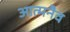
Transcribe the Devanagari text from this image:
आत्मनैव